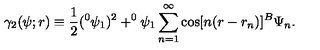
\gamma _ { 2 } ( \psi ; r ) \equiv \frac 1 2 ( ^ { 0 } \psi _ { 1 } ) ^ { 2 } + ^ { 0 } \psi _ { 1 } \sum _ { n = 1 } ^ { \infty } \cos [ n ( r - r _ { n } ) ] ^ { B } \Psi _ { n } .